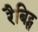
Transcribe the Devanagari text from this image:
रैबिट्स